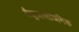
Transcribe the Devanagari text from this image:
वैद्युत्रासायनिक